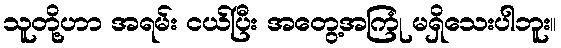
သူတို့ဟာ အရမ်း ငယ်ပြီး အတွေ့အကြုံ မရှိသေးပါဘူး။